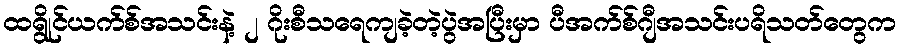
ထရွိုင်ယက်စ်အသင်းနဲ့ ၂ ဂိုးစီသရေကျခဲ့တဲ့ပွဲအပြီးမှာ ပီအက်စ်ဂျီအသင်းပရိသတ်တွေက